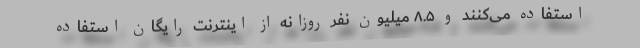
استفاده می‌کنند و ۸.۵ میلیون نفر روزانه از اینترنت رایگان استفاده